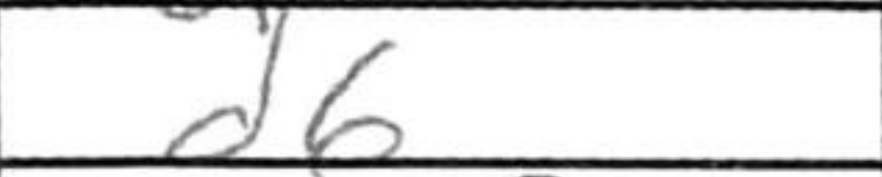
Transcription: d6